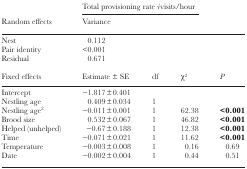
<table><thead><tr><td></td><td colspan="3"><b>Total provisioning rate √visits/hour</b></td><td></td></tr><tr><td><b>Random effects</b></td><td><b>Variance</b></td><td></td><td></td><td></td></tr></thead><tbody><tr><td>Nest</td><td>0.112</td><td></td><td></td><td></td></tr><tr><td>Pair identity</td><td>&lt;0.001</td><td></td><td></td><td></td></tr><tr><td>Residual</td><td>0.671</td><td></td><td></td><td></td></tr><tr><td>Fixed effects</td><td>Estimate ± SE</td><td>df</td><td>χ<sup>2</sup></td><td><i>P</i></td></tr><tr><td>Intercept</td><td>−1.817±0.401</td><td></td><td></td><td></td></tr><tr><td>Nestling age</td><td>0.409±0.034</td><td>1</td><td></td><td></td></tr><tr><td>Nestling age<sup>2</sup></td><td>−0.011±0.001</td><td>1</td><td>62.38</td><td><b>&lt;0.001</b></td></tr><tr><td>Brood size</td><td>0.532±0.067</td><td>1</td><td>46.82</td><td><b>&lt;0.001</b></td></tr><tr><td>Helped (unhelped)</td><td>−0.67±0.188</td><td>1</td><td>12.38</td><td><b>&lt;0.001</b></td></tr><tr><td>Time</td><td>−0.071±0.021</td><td>1</td><td>11.62</td><td><b>&lt;0.001</b></td></tr><tr><td>Temperature</td><td>−0.003±0.008</td><td>1</td><td>0.16</td><td>0.69</td></tr><tr><td>Date</td><td>−0.002±0.004</td><td>1</td><td>0.44</td><td>0.51</td></tr></tbody></table>